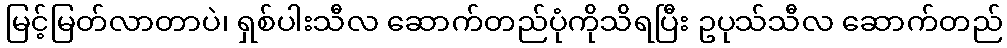
မြင့်မြတ်လာတာပဲ၊ ရှစ်ပါးသီလ ဆောက်တည်ပုံကိုသိရပြီး ဥပုသ်သီလ ဆောက်တည်